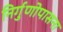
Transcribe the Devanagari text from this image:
निर्गुणोपासना